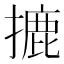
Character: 摝